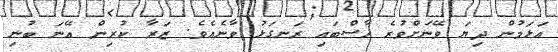
އަޅަމުން ދިޔަ ވޭނަށްވުރެ ހާސްބައި ރަނގަޅު ވާނެއެވެ. ޒަރާ ކުރިން އޭނަ ބުނި